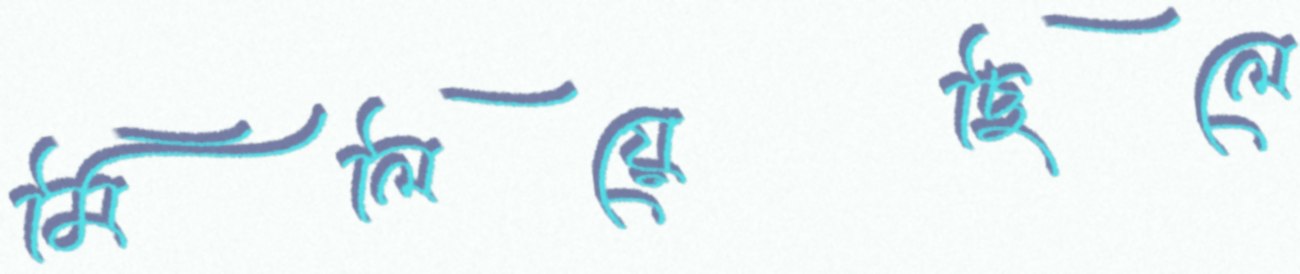
মিলিয়েছিলে